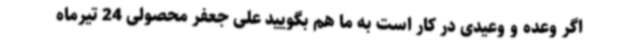
اگر وعده و وعیدی در کار است به ما هم بگویید علی جعفر محصولی 24 تیرماه